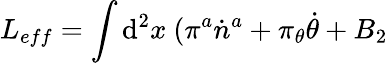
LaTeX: L_{eff}=\int\mathrm{d}^{2}x~(\pi^{a}\dot{n}^{a}+\pi_{\theta}\dot{\theta}+B_{2}